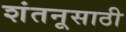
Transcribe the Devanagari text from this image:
शंतनूसाठी